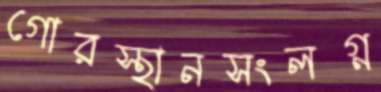
গোরস্থানসংলগ্ন